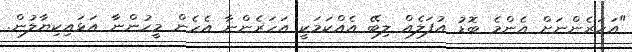
"އަހަރެންނަށް އެންމެ ބޮޑު އުފަލެއް ލިބޭ އެއްކަމަކީ އަހަރެންނާ އެހެން މީހުންނާ އަޅައިކިޔާލުން.